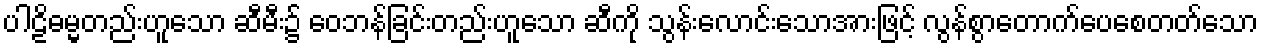
ပါဠိဓမ္မတည်းဟူသော ဆီမီး၌ ဝေဘန်ခြင်းတည်းဟူသော ဆီကို သွန်းလောင်းသောအားဖြင့် လွန်စွာတောက်ပေစေတတ်သော